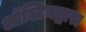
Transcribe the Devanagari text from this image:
ऑस्टिनद्वारा